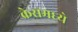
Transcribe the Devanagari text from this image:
क्रेसमध्ये